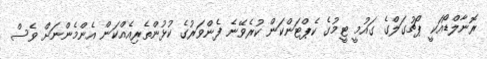
ރޮނާލްޑޯއަކީ ޕޯޗުގަލްގެ ގައުމީ ޓީމުގެ ކެޕްޓަންކަން ކުރެވޭނެ ފެންވަރުގެ ކުޅުންތެރިއެއްކަން އެންމެންނަށް ވެސް